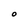
Character: O